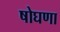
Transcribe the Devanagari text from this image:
षोघणा